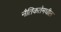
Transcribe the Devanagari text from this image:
नैतिकतेमधील